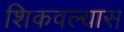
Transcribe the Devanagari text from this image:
शिकवल्यास